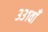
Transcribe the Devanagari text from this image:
३३१वाँ